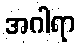
အဂါရာ